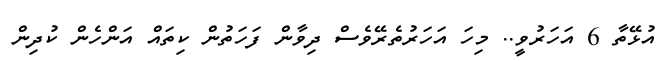
އުޅޭތާ 6 އަހަރުވީ.. މިހަ އަހަރުތެރޭވެސް ދިވާން ފަހަތުން ކިތައް އަންހެން ކުދިން